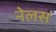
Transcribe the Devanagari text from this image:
नेलस